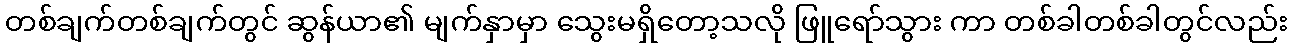
တစ်ချက်တစ်ချက်တွင် ဆွန်ယာ၏ မျက်နှာမှာ သွေးမရှိတော့သလို ဖြူရော်သွား ကာ တစ်ခါတစ်ခါတွင်လည်း